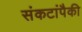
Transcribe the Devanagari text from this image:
संकटांपैकी